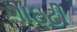
ગાઇટી